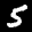
Label: 5